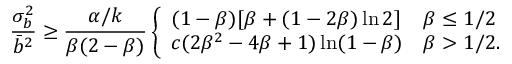
\frac { \sigma _ { b } ^ { 2 } } { \bar { b } ^ { 2 } } \ge \frac { \alpha / k } { \beta ( 2 - \beta ) } \left\{ \begin{array} { l l } { ( 1 - \beta ) [ \beta + ( 1 - 2 \beta ) \ln 2 ] } & { \beta \le 1 / 2 } \\ { c ( 2 \beta ^ { 2 } - 4 \beta + 1 ) \ln ( 1 - \beta ) } & { \beta > 1 / 2 . } \end{array} \right.